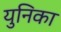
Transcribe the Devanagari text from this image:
युनिका